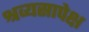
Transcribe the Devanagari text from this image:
श्रव्यसापेक्ष